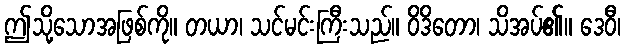
ဤသို့သောအဖြစ်ကို။ တယာ၊ သင်မင်းကြီးသည်။ ဝိဒိတော၊ သိအပ်၏။ ဒေဝီ၊